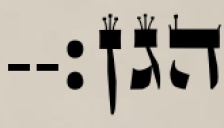
הגן׃--